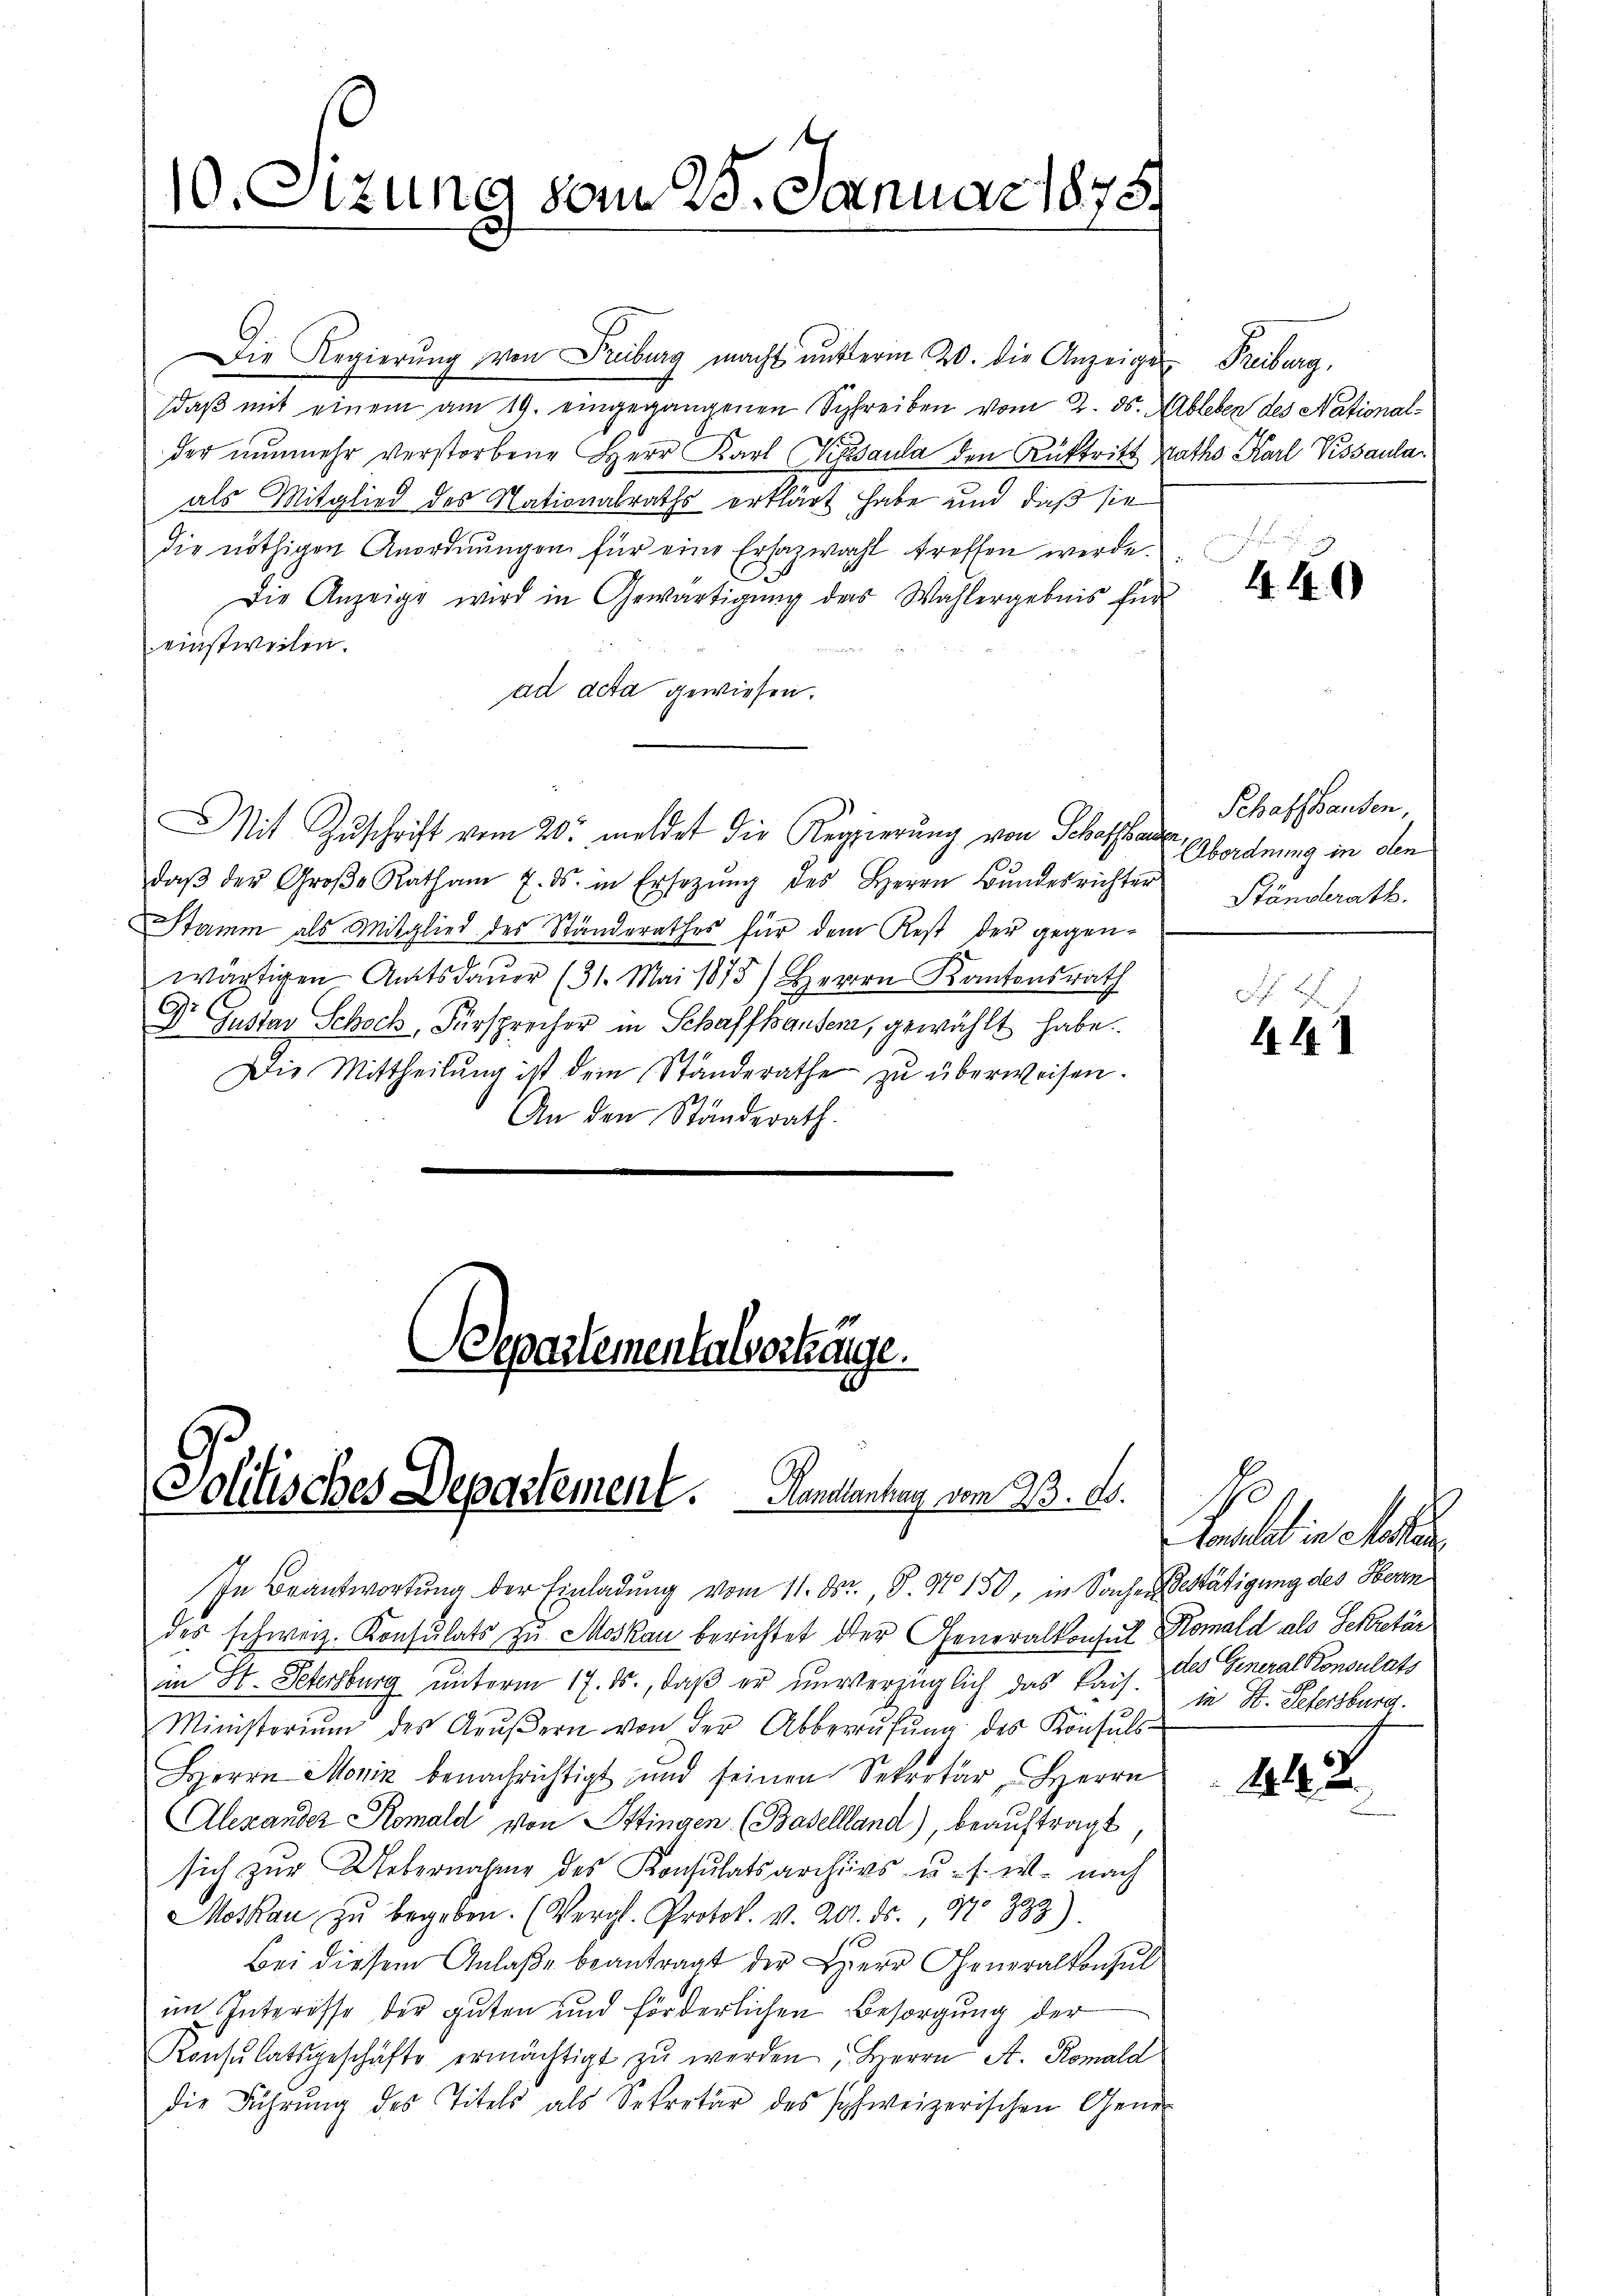
10. Sizung vom 25. Januar 1875.

Die Regierŭng von Freiburg macht unterm 20. die Anzeiger Freiburg,
daβ mit einem am 19. eingegangenen Schreiben vom 2. ds. Ableben des Nationalder nŭnmehr verstorbene Herr Karl Nipsaula den Rüktritt Raths Karl Kissaulaals Mitglied des Nationalraths erklärt habe und daß sie
die nöthigen Anordnŭngen für eine Ersazwahl treffen werde.
Die Anzeige wird in Gewärtigung des Wahlergebnis für
einstweilen.
ad acta gewiesen.
daβ der Groβe Rath am 7. ds. in Ersetzŭng des Herrn Bŭndesrichter
Stamm als Mitglied des Ständerathes für dem Rest der gegen-
wärtigen Amtsdauer (31. Mai 1875) Herrn Kantonsrath
Dr Gustav Schock, Fürsprecher in Schaffhausen, gewählt habe.
Die Mittheilŭng ist dem Standerathe zŭ überweisen.
An den Ständerath.
Separtementalverhänge.

Mit Zuschrift vom 20. meldet die Regierung von Schaftsade bordnung in oben

Solitisches Departement. Handanhay vom 23. ds.

In Beantwortung der Einladung vom 11. ds., S. Nr. 150, in Sacher Gestätigung des Herm
des schweiz. Konsulats zu Moskau berichtet der Generalkonsul Komald als Sekretär
in St. Petersburg unterm 17. ds., daß er unverzüglich das kais. in St. Petersburg.
Ministoriŭm des Aŭβern von der Abberŭfŭng des Konsŭls-
Herrn Monin benachrichtigt und seinen Sekretär, Herrn
Alexander Komald von Ittingen (Basellland), beauftragt
sich zur Uebernahme des Konsulatsarchivs u. s. w. nach
Moskau zŭ begeben. (Vergl. Protok. v. 20. ds. Nr. 333)
Bei diesem Anlaße beantragt der Herr Generalkonsul
im Interesse der guten und förderlichen Besorgŭng der
Konsulatsgeschäfte ermächtigt zŭ werden; Herrn A. Romald
die Führŭng des Titels als Sekretär des schweizerischen Gener

4.40)

Schaffhausen,
Ständerath.

i
4.4.1

10
Auslab in Acten
des General Konsulats

42